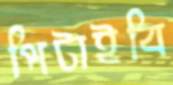
পিটাইবি